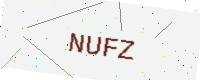
Text: NUFZ